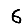
Digit: 6